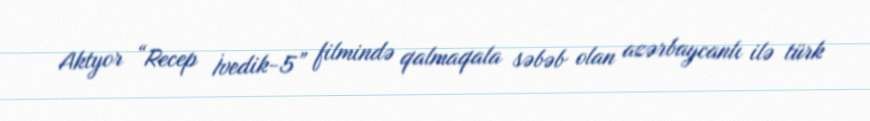
Aktyor “Recep İvedik-5” filmində qalmaqala səbəb olan azərbaycanlı ilə türk